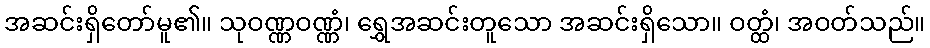
အဆင်းရှိတော်မူ၏။ သုဝဏ္ဏဝဏ္ဏံ၊ ရွှေအဆင်းတူသော အဆင်းရှိသော။ ဝတ္ထံ၊ အဝတ်သည်။